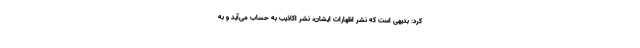
کرد: بدیهی است که نشر اظهارات ایشان، نشر اکاذیب به حساب می‌آید و به